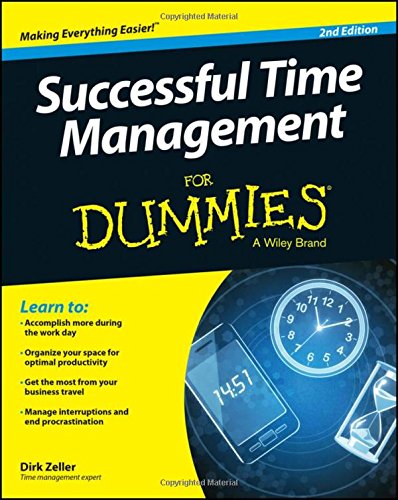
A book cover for Successful Time Management For Dummies; Dirk Zeller; Business & Money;